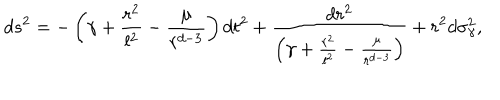
d s ^ { 2 } = - \left( \gamma + \frac { r ^ { 2 } } { l ^ { 2 } } - \frac { \mu } { r ^ { d - 3 } } \right) d t ^ { 2 } + \frac { d r ^ { 2 } } { \left( \gamma + \frac { r ^ { 2 } } { l ^ { 2 } } - \frac { \mu } { r ^ { d - 3 } } \right) } + r ^ { 2 } d \sigma _ { \gamma } ^ { 2 } ,